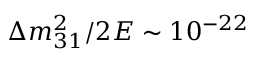
\Delta m _ { 3 1 } ^ { 2 } / { 2 E } \sim 1 0 ^ { - 2 2 }